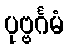
ပုဗ္ဗင်္ဂမံ